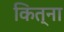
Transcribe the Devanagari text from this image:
कित्ना